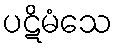
ပဋိမံသေ